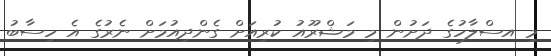
މި އސްލާހުގެ ދަށުން މި މަޝްރޫއު ކުރިއަށް ގެންދިއުމަށް ނެރުގެ އެ ހިސާބު